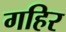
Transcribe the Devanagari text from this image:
गहिर